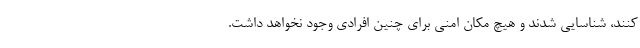
‌کنند، شناسایی شدند و هیچ مکان امنی برای چنین افرادی وجود نخواهد داشت.